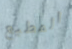
المطيع